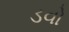
ડવો